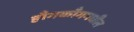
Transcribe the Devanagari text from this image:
हाँगकाँगमधील